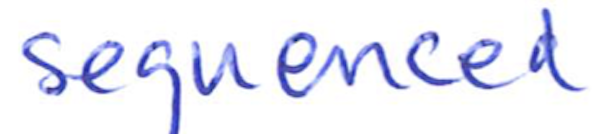
Text: sequenced
Cross-out: clean
Writing tool: ballpoint